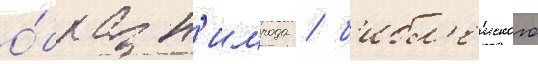
о́браз н'имрода / б'ибл'еиского